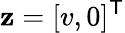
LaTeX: \mathbf{z}=[v,0]^{\textsf{{T}}}